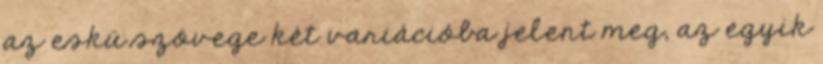
az eskü szövege két variációba jelent meg, az egyik